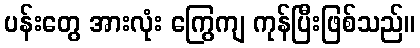
ပန်းတွေ အားလုံး ကြွေကျ ကုန်ပြီးဖြစ်သည်။